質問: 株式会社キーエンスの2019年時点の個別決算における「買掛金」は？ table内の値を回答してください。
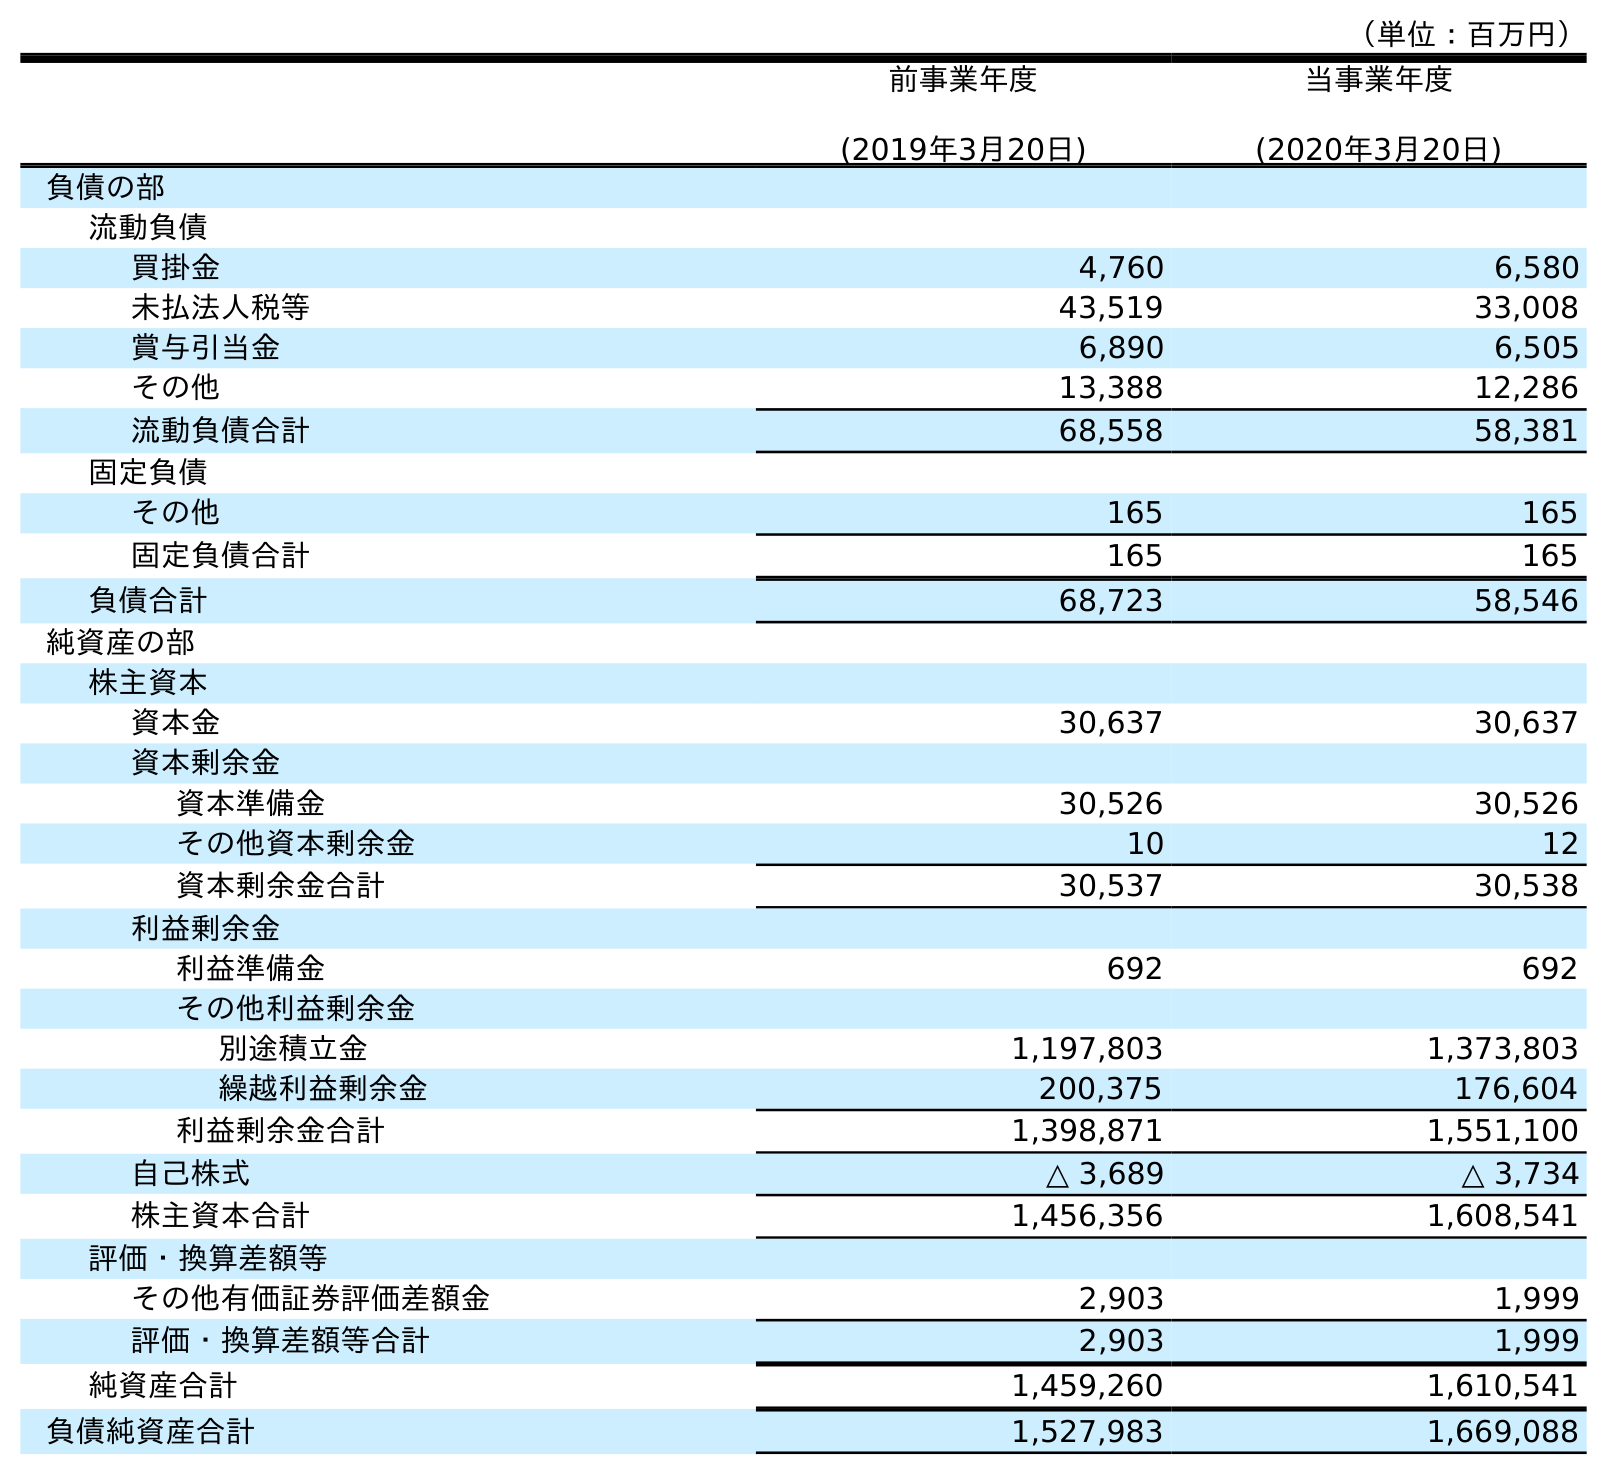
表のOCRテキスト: （単位：百万円） 前事業年度 (2019年3月20日) 当事業年度 (2020年3月20日) 負債の部 流動負債 買掛金 4,760 6,580 未払法人税等 43,519 33,008 賞与引当金 6,890 6,505 その他 13,388 12,286 流動負債合計 68,558 58,381 固定負債 その他 165 165 固定負債合計 165 165 負債合計 68,723 58,546 純資産の部 株主資本 資本金 30,637 30,637 資本剰余金 資本準備金 30,526 30,526 その他資本剰余金 10 12 資本剰余金合計 30,537 30,538 利益剰余金 利益準備金 692 692 その他利益剰余金 別途積立金 1,197,803 1,373,803 繰越利益剰余金 200,375 176,604 利益剰余金合計 1,398,871 1,551,100 自己株式 △ 3,689 △ 3,734 株主資本合計 1,456,356 1,608,541 評価・換算差額等 その他有価証券評価差額金 2,903 1,999 評価・換算差額等合計 2,903 1,999 純資産合計 1,459,260 1,610,541 負債純資産合計 1,527,983 1,669,088
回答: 4,760